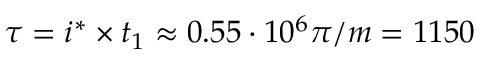
\tau = i ^ { * } \times t _ { 1 } \approx 0 . 5 5 \cdot 1 0 ^ { 6 } \pi / m = 1 1 5 0